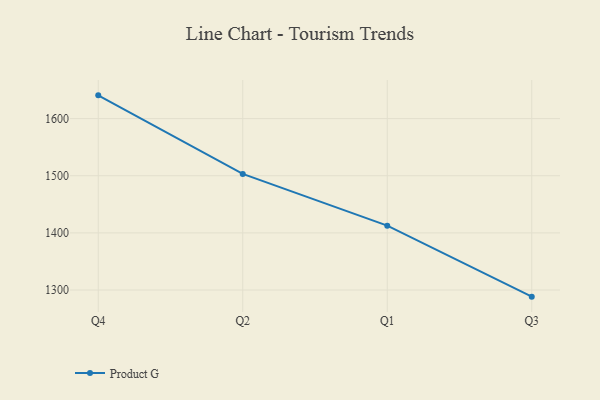
{"axis": {"x": "Quarter", "y": "Temperature (°C)"}, "legend": ["Product G"], "data": [{"x": "Q4", "y": 1640.7, "type": "Product G"}, {"x": "Q2", "y": 1503.2, "type": "Product G"}, {"x": "Q1", "y": 1412.6, "type": "Product G"}, {"x": "Q3", "y": 1288.4, "type": "Product G"}]}